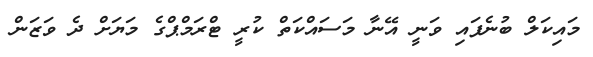
މައިކަލް ބުނެފައި ވަނީ އޭނާ މަސައްކަތް ކުރީ ޓްރަމްޕްގެ މަޔަށް ދެ ވަޒަން